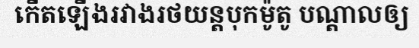
កើតឡើងរវាងរថយន្តបុកម៉ូតូ បណ្តាលឲ្យ